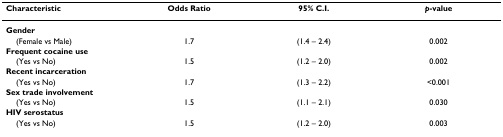
<table><thead><tr><td><b>Characteristic</b></td><td><b>Odds Ratio</b></td><td><b>95% C.I.</b></td><td><b><i>p</i>-value</b></td></tr></thead><tbody><tr><td><b>Gender</b></td><td></td><td></td><td></td></tr><tr><td> (Female vs Male)</td><td>1.7</td><td>(1.4 – 2.4)</td><td>0.002</td></tr><tr><td><b>Frequent cocaine use</b></td><td></td><td></td><td></td></tr><tr><td> (Yes vs No)</td><td>1.5</td><td>(1.2 – 2.0)</td><td>0.002</td></tr><tr><td><b>Recent incarceration</b></td><td></td><td></td><td></td></tr><tr><td> (Yes vs No)</td><td>1.7</td><td>(1.3 – 2.2)</td><td>&lt;0.001</td></tr><tr><td><b>Sex trade involvement</b></td><td></td><td></td><td></td></tr><tr><td> (Yes vs No)</td><td>1.5</td><td>(1.1 – 2.1)</td><td>0.030</td></tr><tr><td><b>HIV serostatus</b></td><td></td><td></td><td></td></tr><tr><td> (Yes vs No)</td><td>1.5</td><td>(1.2 – 2.0)</td><td>0.003</td></tr></tbody></table>